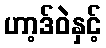
ဟာ့ဒ်ဝဲနှင့်